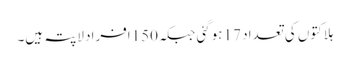
ہلاکتوں کی تعداد 17 ہوگئی جبکہ150افراد لاپتہ ہیں۔